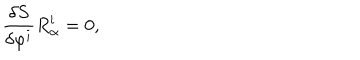
{ \frac { \delta { S } } { \delta \varphi ^ { i } } } { R } _ { \alpha } ^ { i } = 0 ,